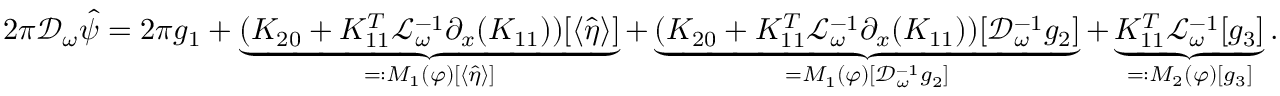
\begin{array} { r } { 2 \pi \mathcal { D } _ { \omega } \hat { \psi } = 2 \pi g _ { 1 } + \underbrace { ( K _ { 2 0 } + K _ { 1 1 } ^ { T } \mathcal { L } _ { \omega } ^ { - 1 } \partial _ { x } ( K _ { 1 1 } ) ) [ \langle \hat { \eta } \rangle ] } _ { = : M _ { 1 } ( \varphi ) [ \langle \hat { \eta } \rangle ] } + \underbrace { ( K _ { 2 0 } + K _ { 1 1 } ^ { T } \mathcal { L } _ { \omega } ^ { - 1 } \partial _ { x } ( K _ { 1 1 } ) ) [ \mathcal { D } _ { \omega } ^ { - 1 } g _ { 2 } ] } _ { = M _ { 1 } ( \varphi ) [ \mathcal { D } _ { \omega } ^ { - 1 } g _ { 2 } ] } + \underbrace { K _ { 1 1 } ^ { T } \mathcal { L } _ { \omega } ^ { - 1 } [ g _ { 3 } ] } _ { = : M _ { 2 } ( \varphi ) [ g _ { 3 } ] } . } \end{array}